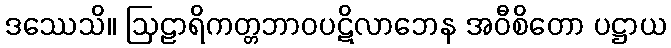
ဒဿေသိ။ ဩဠာရိကတ္တဘာဝပဋိလာဘေန အဝီစိတော ပဋ္ဌာယ